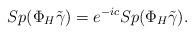
LaTeX: \begin{align*}Sp(\Phi_H\tilde\gamma)=e^{-ic}Sp(\Phi_H\tilde\gamma).\end{align*}